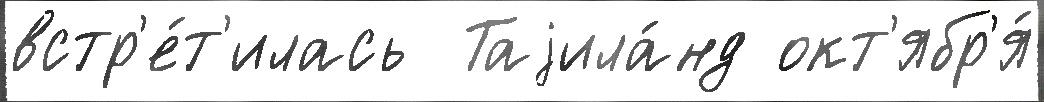
встр'е́т'илась  Таjила́нд окт'ябр'я́